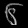
Digit: ၆